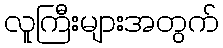
လူကြီးများအတွက်